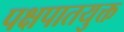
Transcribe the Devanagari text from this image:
पक्षपातयुक्त